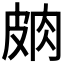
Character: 𱲃